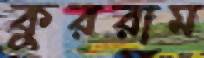
কুররাম